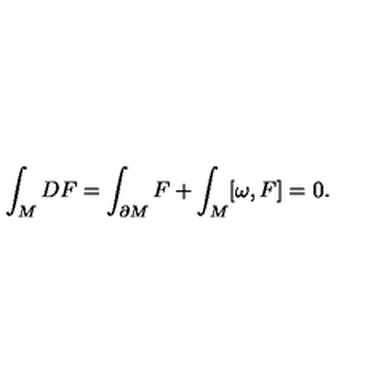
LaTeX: \int _ { M } D F = \int _ { \partial M } F + \int _ { M } [ \omega , F ] = 0 .